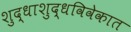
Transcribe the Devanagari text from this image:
शुद्धाशुद्धविवेकात